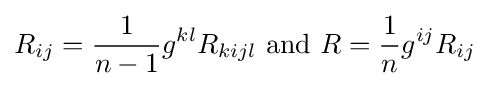
R_{ij}={\frac {1}{n-1}}g^{kl}R_{kijl}{\text{ and }}R={\frac {1}{n}}g^{ij}R_{ij}